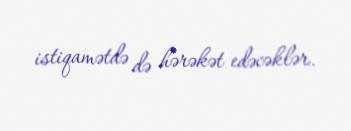
istiqamətdə də hərəkət edəcəklər.